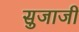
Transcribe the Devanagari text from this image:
सुजाजी